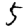
Digit: 5